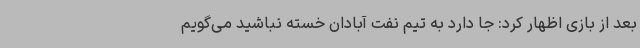
بعد از بازی اظهار کرد: جا دارد به تیم نفت آبادان خسته نباشید می‌گویم